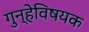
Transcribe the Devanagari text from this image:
गुन्हेविषयक